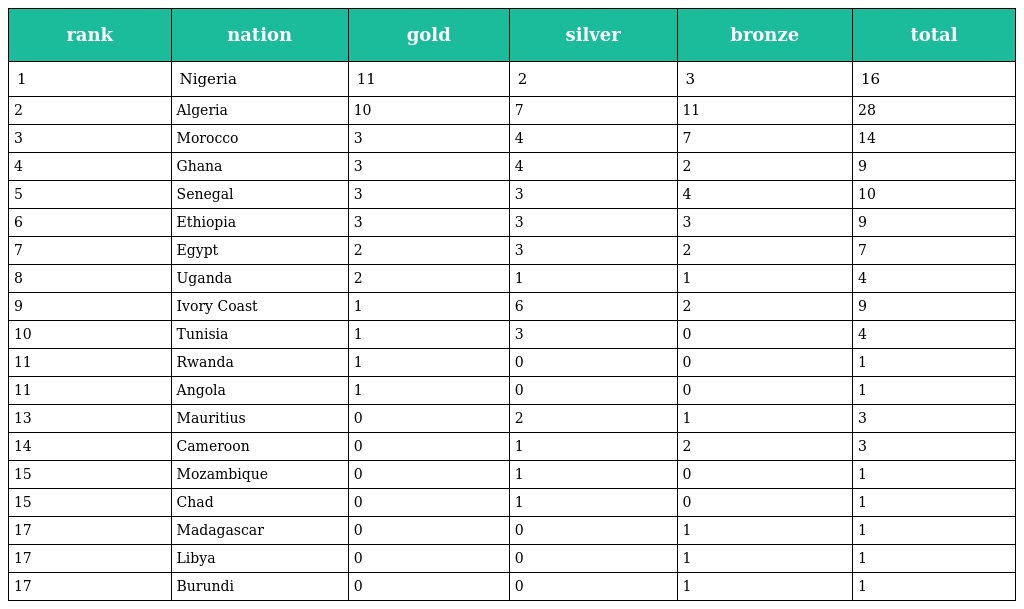
| rank | nation | gold | silver | bronze | total |
 | --- | --- | --- | --- | --- | --- |
 | 1 | Nigeria | 11 | 2 | 3 | 16 |
 | 2 | Algeria | 10 | 7 | 11 | 28 |
 | 3 | Morocco | 3 | 4 | 7 | 14 |
 | 4 | Ghana | 3 | 4 | 2 | 9 |
 | 5 | Senegal | 3 | 3 | 4 | 10 |
 | 6 | Ethiopia | 3 | 3 | 3 | 9 |
 | 7 | Egypt | 2 | 3 | 2 | 7 |
 | 8 | Uganda | 2 | 1 | 1 | 4 |
 | 9 | Ivory Coast | 1 | 6 | 2 | 9 |
 | 10 | Tunisia | 1 | 3 | 0 | 4 |
 | 11 | Rwanda | 1 | 0 | 0 | 1 |
 | 11 | Angola | 1 | 0 | 0 | 1 |
 | 13 | Mauritius | 0 | 2 | 1 | 3 |
 | 14 | Cameroon | 0 | 1 | 2 | 3 |
 | 15 | Mozambique | 0 | 1 | 0 | 1 |
 | 15 | Chad | 0 | 1 | 0 | 1 |
 | 17 | Madagascar | 0 | 0 | 1 | 1 |
 | 17 | Libya | 0 | 0 | 1 | 1 |
 | 17 | Burundi | 0 | 0 | 1 | 1 |